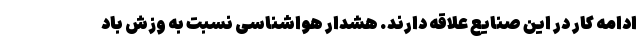
ادامه کار در این صنایع علاقه دارند. هشدار هواشناسی نسبت به وزش باد